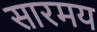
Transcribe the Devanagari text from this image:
सारमय